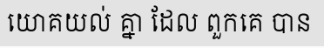
យោគយល់ គ្នា ដែល ពួកគេ បាន